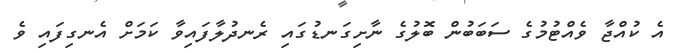
އެ ކުއްޖާ ވެއްޓުމުގެ ސަބަބުން ބޮލުގެ ނާށިގަނޑުގައި ރެނދުލާފައިވާ ކަމަށް އެނގިފައި ވެ